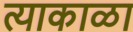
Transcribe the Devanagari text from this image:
त्याकाळा